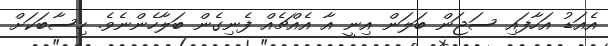
އެއަޑު އަހާފައި ސަޖަން ބަލަން އިނީ އާ އެއްޗެއް ފެނިގެން ބަލާހެންނެވެ. ހިސާބަކަށް